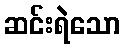
ဆင်းရဲသော